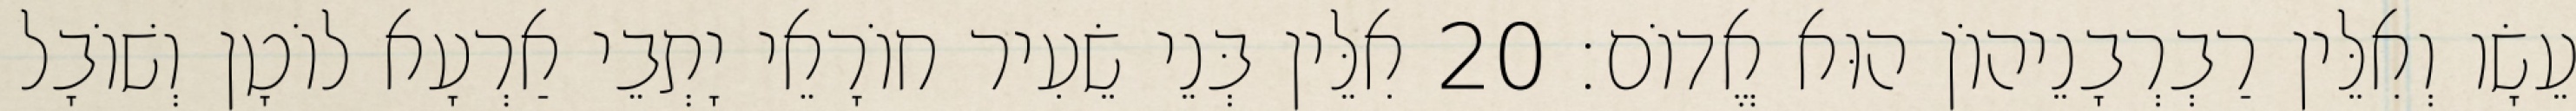
עֵשָׂו וְאִלֵּין רַבְרְבָנֵיהוֹן הוּא אֱדוֹם׃ 20 אִלֵּין בְּנֵי שֵׂעִיר חוֹרָאֵי יָתְבֵי אַרְעָא לוֹטָן וְשׁוֹבָל